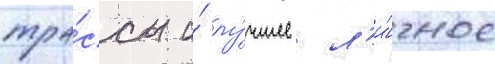
тра́ссы и́ лу́чшее л'и́чное